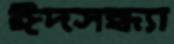
ঈদসন্ধ্যা